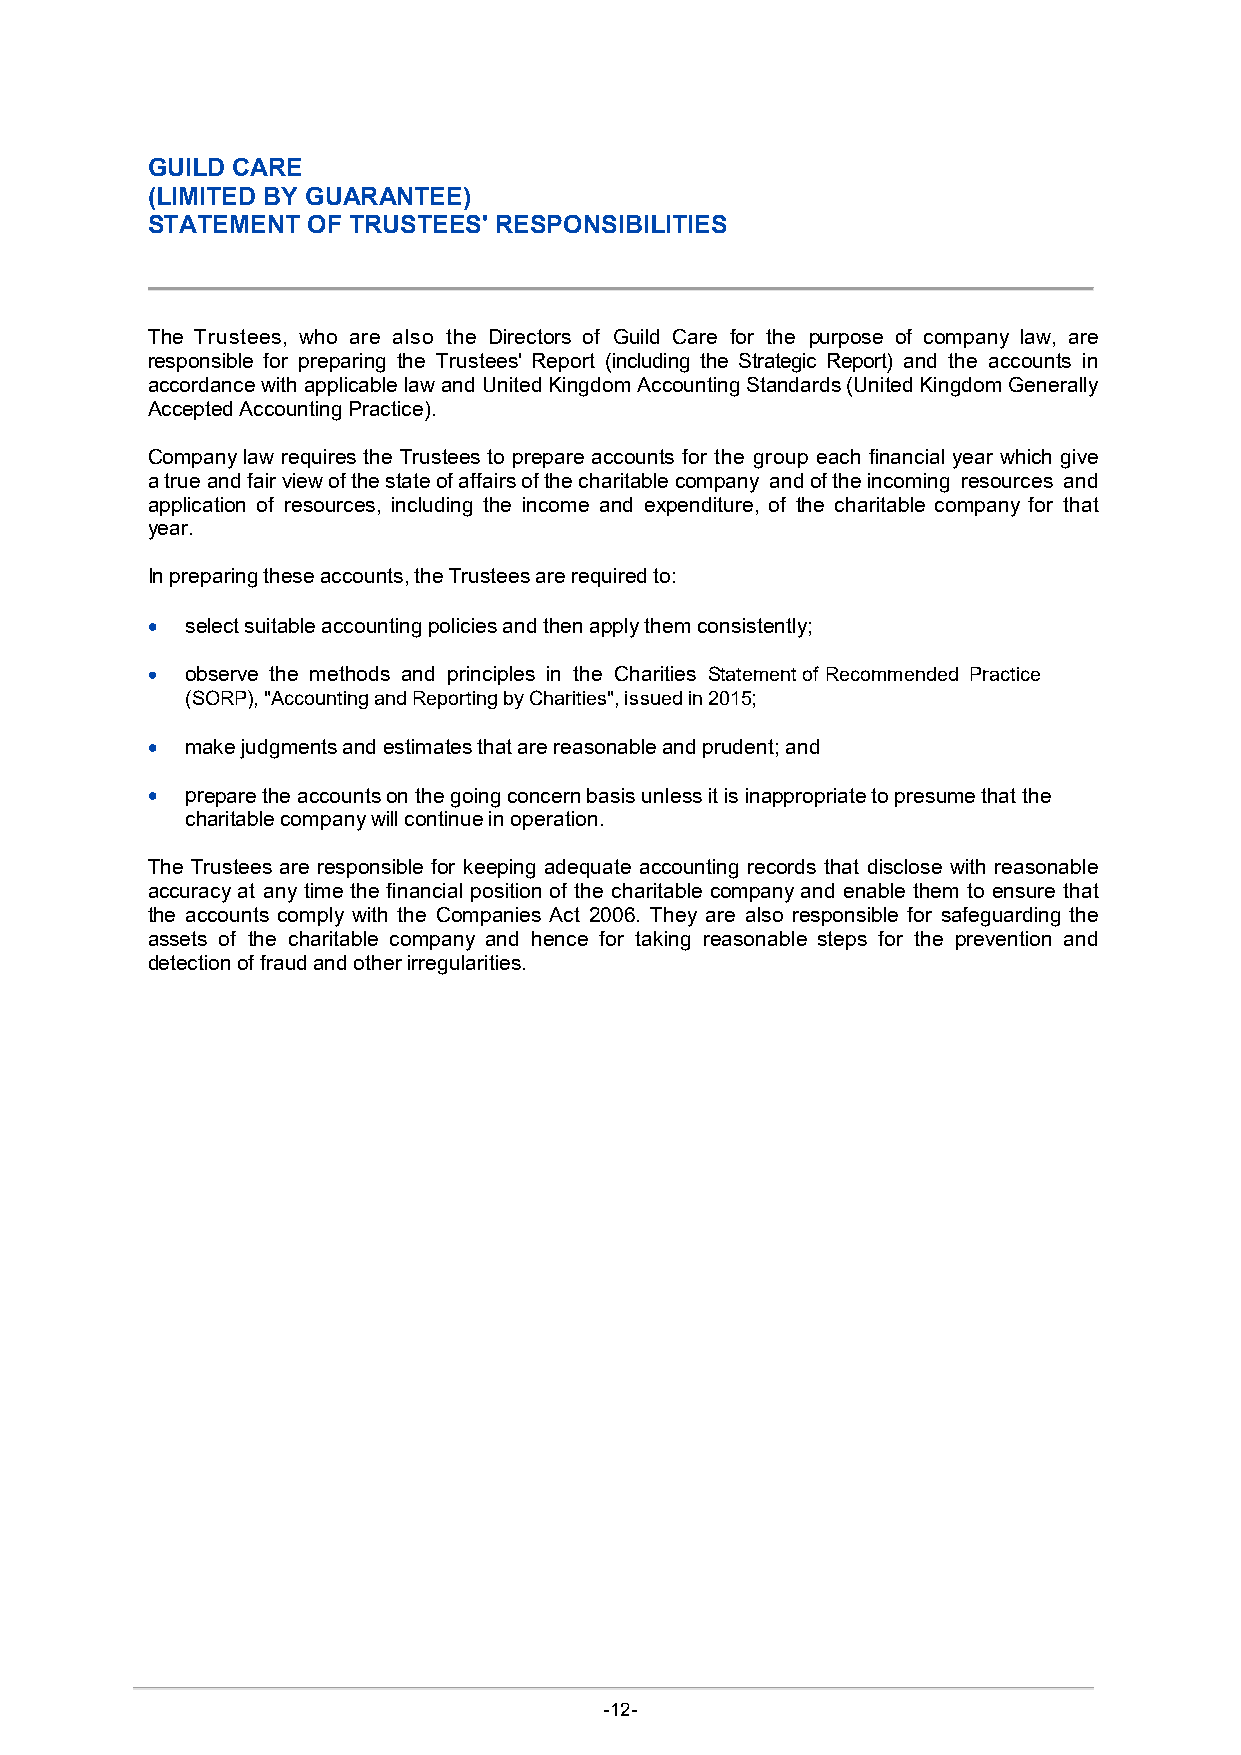
GUILD CARE
 (LIMITED BY GUARANTEE)
 STATEMENT OF TRUSTEES' RESPONSIBILITIES
 The Trustees, who are also the Directors of Guild Care for the purpose of company law, are
 responsible for preparing the Trustees' Report (including the Strategic Report) and the accounts in
 accordance with applicable law and United Kingdom Accounting Standards (United Kingdom Generally
 Accepted Accounting Practice).
 Company law requires the Trustees to prepare accounts for the group each financial year which give
 a true and fair view of the state of affairs of the charitable company and of the incoming resources and
 application of resources, including the income and expenditure, of the charitable company for that
 year.
 In preparing these accounts, the Trustees are required to:
  select suitable accounting policies and then apply them consistently;
  observe the methods and principles in the Charities Statement of Recommended Practice
 (SORP), "Accounting and Reporting by Charities", issued in 2015;
  make judgments and estimates that are reasonable and prudent; and
  prepare the accounts on the going concern basis unless it is inappropriate to presume that the
 charitable company will continue in operation.
 The Trustees are responsible for keeping adequate accounting records that disclose with reasonable
 accuracy at any time the financial position of the charitable company and enable them to ensure that
 the accounts comply with the Companies Act 2006. They are also responsible for safeguarding the
 assets of the charitable company and hence for taking reasonable steps for the prevention and
 detection of fraud and other irregularities.
 -12-